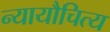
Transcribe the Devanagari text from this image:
न्यायौचित्य